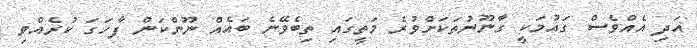
އަދި އެއްވެސް ގައުމަކީ ގާނޫނުތަކަށްވުރެ މަތީގައި ތިބެވޭނެ ބައެއް ނޫންކަން ފާހަގަ ކުރެއްވި